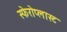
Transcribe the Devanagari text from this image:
स्फेरोप्लास्ट